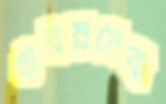
গুরম্নসেবা